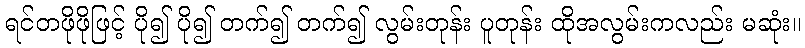
ရင်တဖိုဖိုဖြင့် ပို၍ ပို၍ တက်၍ တက်၍ လွမ်းတုန်း ပူတုန်း ထိုအလွမ်းကလည်း မဆုံး။